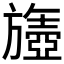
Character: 𬀘